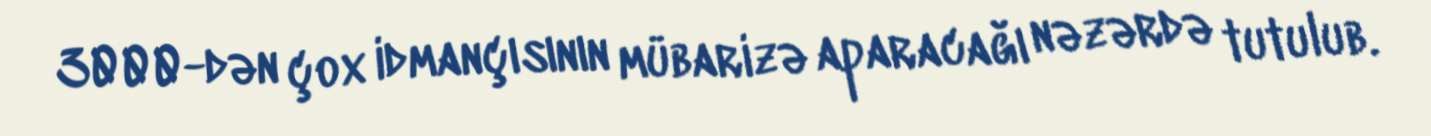
3000-dən çox idmançısının mübarizə aparacağı nəzərdə tutulub.